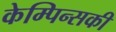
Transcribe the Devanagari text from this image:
केम्पिन्सकी